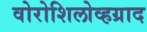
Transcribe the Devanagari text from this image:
वोरोशिलोव्हग्राद